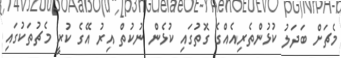
މެޗަށް ބަދަލު ކުޅުންތެރިއެއްގެ ގޮތުގައި ކުޅެން ނުކުތް އިރު އޭގެ ކުރީ މެޗުތަކުގައި